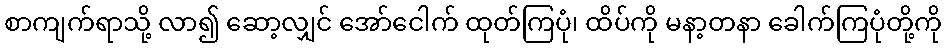
စာကျက်ရာသို့ လာ၍ ဆော့လျှင် အော်ငေါက် ထုတ်ကြပုံ၊ ထိပ်ကို မနာ့တနာ ခေါက်ကြပုံတို့ကို